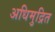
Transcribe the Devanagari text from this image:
अधिमुद्रित